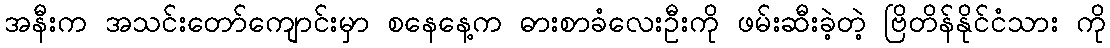
အနီးက အသင်းတော်ကျောင်းမှာ စနေနေ့က ဓားစာခံလေးဦးကို ဖမ်းဆီးခဲ့တဲ့ ဗြိတိန်နိုင်ငံသား ကို